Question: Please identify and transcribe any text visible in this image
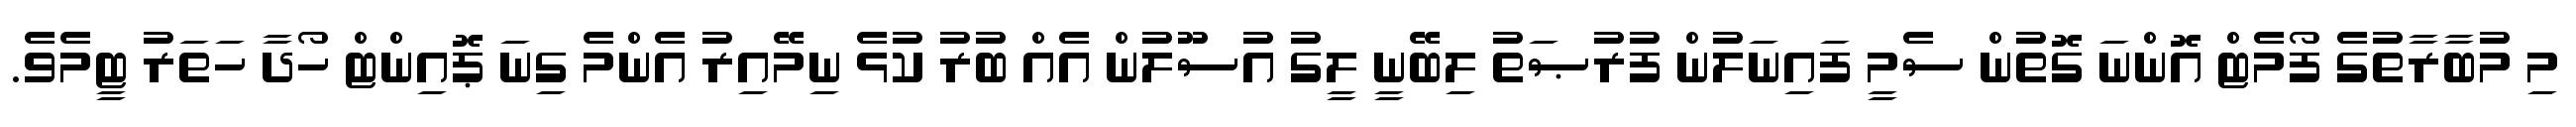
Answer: މި މުބާރާތުގެ ފޯމެޓް އޮންނަ ގޮތުން ސެމީ ފައިނަލުން ފުރުޞަތު ލިބޭނީ ލީގު އުސޫލުން އެއް ބުރު ކުޅެ ނިމޭއިރު އެންމެ ގިނަ ޕޮއިންޓް ހޯދާ ހަތަރު ޓީމެވެ.